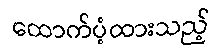
ထောက်ပံ့ထားသည့်